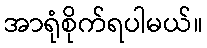
အာရုံစိုက်ရပါမယ်။